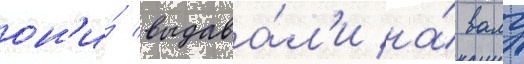
он'и́ выдава́л'и на́ валу